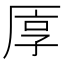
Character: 𠩭